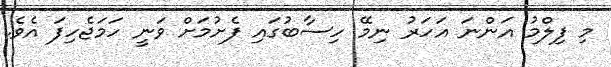
މި ފިލްމު އަންނަ އަހަރު ނިމޭ ހިސާބުގައި ފެށުމަށް ވަނީ ހަމަޖެހިފަ އެވެ.